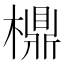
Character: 檙